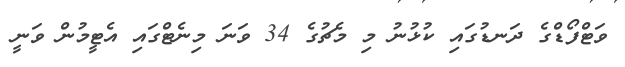
ވަޓްފޯޑްގެ ދަނޑުގައި ކުޅުނު މި މެޗުގެ 34 ވަނަ މިނެޓްގައި އެޓީމުން ވަނީ